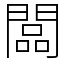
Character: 闆